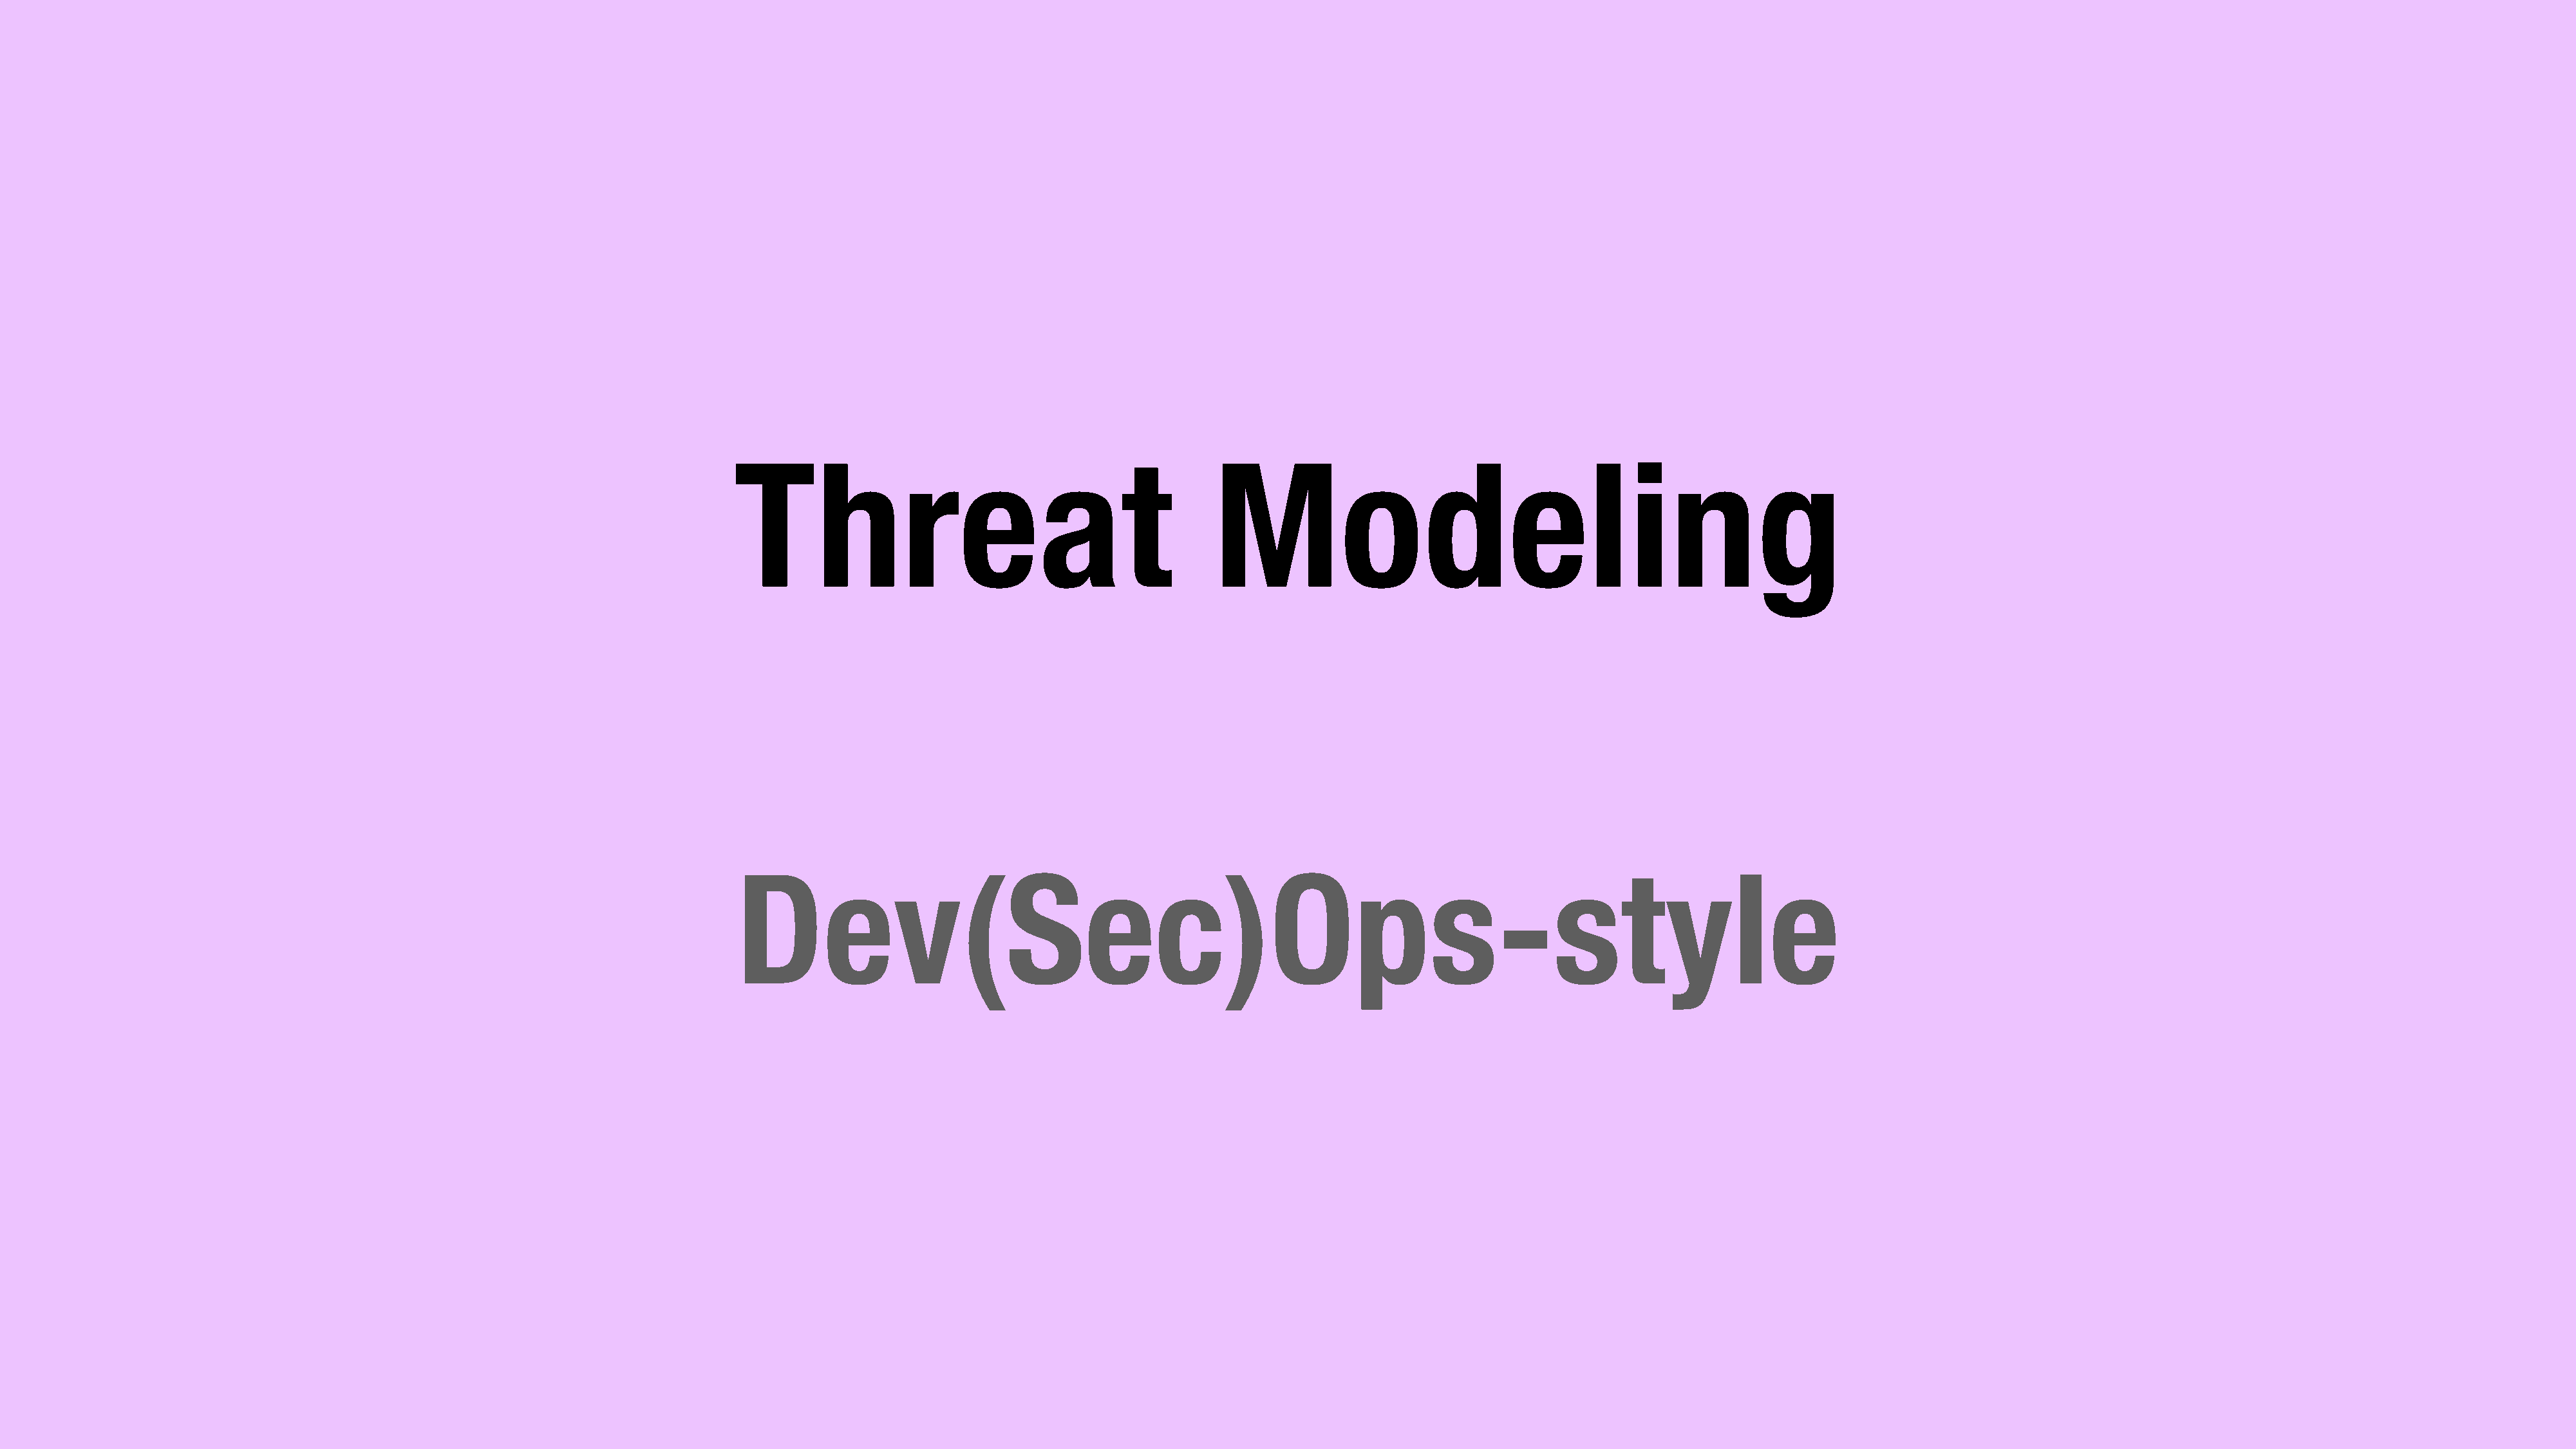
Threat                                            Modeling
 Dev(Sec)Ops-style